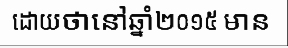
ដោយថានៅឆ្នាំ២០១៥ មាន